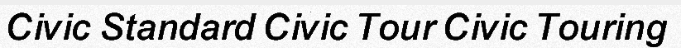
Civic Standard Civic Tour Civic Touring